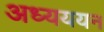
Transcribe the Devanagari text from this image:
अध्यययन